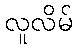
လူလိမ်